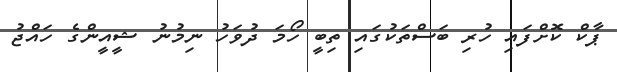
ޕާކް ކޮށްފައި ހުރި ބަސްތަކުގައި ތިބީ ހޯމަ ދުވަހު ނިމުނު ޝީއީންގެ ހައްޖު